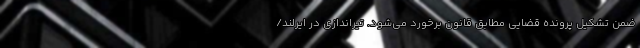
ضمن تشکیل پرونده قضایی مطابق قانون برخورد می‌شود. تیراندازی در ایرلند/